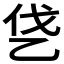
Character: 𰀿